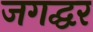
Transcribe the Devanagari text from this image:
जगद्घर